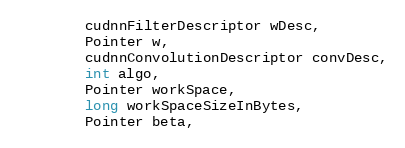
Language: Java
        cudnnFilterDescriptor wDesc,
        Pointer w,
        cudnnConvolutionDescriptor convDesc,
        int algo,
        Pointer workSpace,
        long workSpaceSizeInBytes,
        Pointer beta,